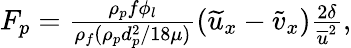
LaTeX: \begin{array}{r}{F_{p}=\frac{\rho_{p}f\phi_{l}}{\rho_{f}(\rho_{p}d_{p}^{2}/18\mu)}(\widetilde{u}_{x}-\widetilde{v}_{x})\frac{2\delta}{\overline{{u}}^{2}},}\end{array}